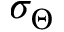
\sigma _ { \Theta }